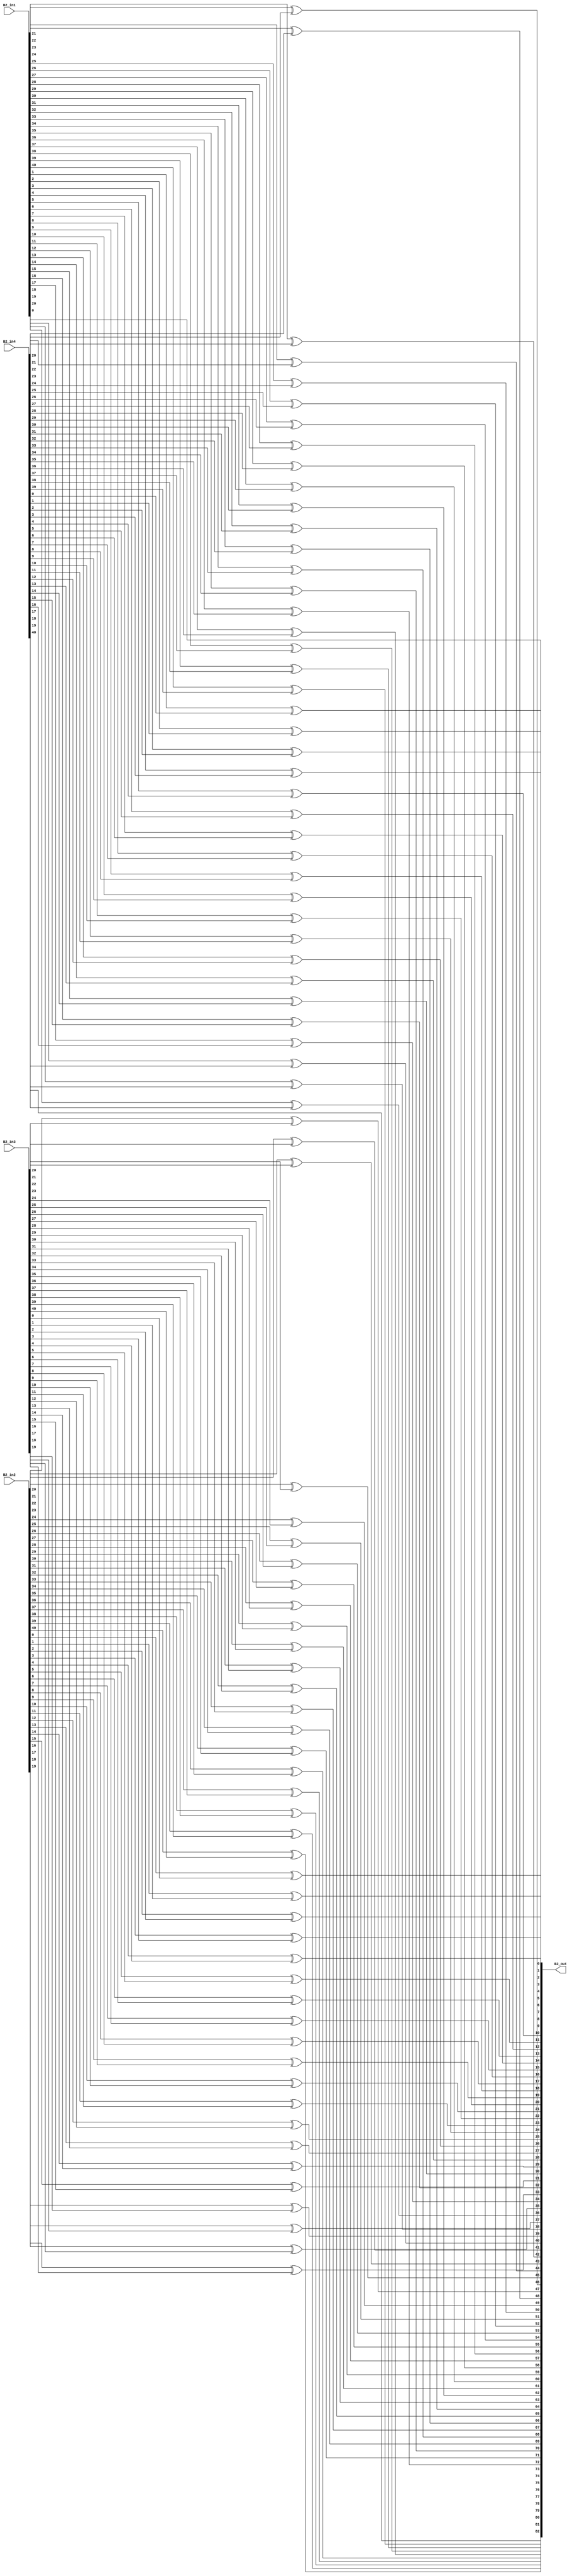
module overlap_module_41bit(
    B2_in1,
    B2_in2,
    B2_in3,
    B2_in4,
    B2_out
    );


parameter n = 42;

input [n-2:0] B2_in1;
input [n-2:0] B2_in2;
input [n-2:0] B2_in3;
input [n-2:0] B2_in4;

output [2*n-2:0] B2_out;

assign B2_out[0] = B2_in1[0];

assign B2_out[2] = B2_in1[1]^B2_in4[0];

assign B2_out[4] = B2_in1[2]^B2_in4[1];

assign B2_out[6] = B2_in1[3]^B2_in4[2];

assign B2_out[8] = B2_in1[4]^B2_in4[3];

assign B2_out[10] = B2_in1[5]^B2_in4[4];

assign B2_out[12] = B2_in1[6]^B2_in4[5];

assign B2_out[14] = B2_in1[7]^B2_in4[6];

assign B2_out[16] = B2_in1[8]^B2_in4[7];

assign B2_out[18] = B2_in1[9]^B2_in4[8];

assign B2_out[20] = B2_in1[10]^B2_in4[9];

assign B2_out[22] = B2_in1[11]^B2_in4[10];

assign B2_out[24] = B2_in1[12]^B2_in4[11];

assign B2_out[26] = B2_in1[13]^B2_in4[12];

assign B2_out[28] = B2_in1[14]^B2_in4[13];

assign B2_out[30] = B2_in1[15]^B2_in4[14];

assign B2_out[32] = B2_in1[16]^B2_in4[15];

assign B2_out[34] = B2_in1[17]^B2_in4[16];

assign B2_out[36] = B2_in1[18]^B2_in4[17];

assign B2_out[38] = B2_in1[19]^B2_in4[18];

assign B2_out[40] = B2_in1[20]^B2_in4[19];

assign B2_out[1] = B2_in2[0]^B2_in3[0];

assign B2_out[3] = B2_in2[1]^B2_in3[1];

assign B2_out[5] = B2_in2[2]^B2_in3[2];

assign B2_out[7] = B2_in2[3]^B2_in3[3];

assign B2_out[9] = B2_in2[4]^B2_in3[4];

assign B2_out[11] = B2_in2[5]^B2_in3[5];

assign B2_out[13] = B2_in2[6]^B2_in3[6];

assign B2_out[15] = B2_in2[7]^B2_in3[7];

assign B2_out[17] = B2_in2[8]^B2_in3[8];

assign B2_out[19] = B2_in2[9]^B2_in3[9];

assign B2_out[21] = B2_in2[10]^B2_in3[10];

assign B2_out[23] = B2_in2[11]^B2_in3[11];

assign B2_out[25] = B2_in2[12]^B2_in3[12];

assign B2_out[27] = B2_in2[13]^B2_in3[13];

assign B2_out[29] = B2_in2[14]^B2_in3[14];

assign B2_out[31] = B2_in2[15]^B2_in3[15];

assign B2_out[33] = B2_in2[16]^B2_in3[16];

assign B2_out[35] = B2_in2[17]^B2_in3[17];

assign B2_out[37] = B2_in2[18]^B2_in3[18];

assign B2_out[39] = B2_in2[19]^B2_in3[19];

assign B2_out[41] = B2_in2[20]^B2_in3[20];

assign B2_out[43] = B2_in2[21]^B2_in3[21];

assign B2_out[45] = B2_in2[22]^B2_in3[22];

assign B2_out[47] = B2_in2[23]^B2_in3[23];

assign B2_out[49] = B2_in2[24]^B2_in3[24];

assign B2_out[51] = B2_in2[25]^B2_in3[25];

assign B2_out[53] = B2_in2[26]^B2_in3[26];

assign B2_out[55] = B2_in2[27]^B2_in3[27];

assign B2_out[57] = B2_in2[28]^B2_in3[28];

assign B2_out[59] = B2_in2[29]^B2_in3[29];

assign B2_out[61] = B2_in2[30]^B2_in3[30];

assign B2_out[63] = B2_in2[31]^B2_in3[31];

assign B2_out[65] = B2_in2[32]^B2_in3[32];

assign B2_out[67] = B2_in2[33]^B2_in3[33];

assign B2_out[69] = B2_in2[34]^B2_in3[34];

assign B2_out[71] = B2_in2[35]^B2_in3[35];

assign B2_out[73] = B2_in2[36]^B2_in3[36];

assign B2_out[75] = B2_in2[37]^B2_in3[37];

assign B2_out[77] = B2_in2[38]^B2_in3[38];

assign B2_out[79] = B2_in2[39]^B2_in3[39];

assign B2_out[81] = B2_in2[40]^B2_in3[40];

assign B2_out[42] = B2_in1[21]^B2_in4[20];

assign B2_out[44] = B2_in1[22]^B2_in4[21];

assign B2_out[46] = B2_in1[23]^B2_in4[22];

assign B2_out[48] = B2_in1[24]^B2_in4[23];

assign B2_out[50] = B2_in1[25]^B2_in4[24];

assign B2_out[52] = B2_in1[26]^B2_in4[25];

assign B2_out[54] = B2_in1[27]^B2_in4[26];

assign B2_out[56] = B2_in1[28]^B2_in4[27];

assign B2_out[58] = B2_in1[29]^B2_in4[28];

assign B2_out[60] = B2_in1[30]^B2_in4[29];

assign B2_out[62] = B2_in1[31]^B2_in4[30];

assign B2_out[64] = B2_in1[32]^B2_in4[31];

assign B2_out[66] = B2_in1[33]^B2_in4[32];

assign B2_out[68] = B2_in1[34]^B2_in4[33];

assign B2_out[70] = B2_in1[35]^B2_in4[34];

assign B2_out[72] = B2_in1[36]^B2_in4[35];

assign B2_out[74] = B2_in1[37]^B2_in4[36];

assign B2_out[76] = B2_in1[38]^B2_in4[37];

assign B2_out[78] = B2_in1[39]^B2_in4[38];

assign B2_out[80] = B2_in1[40]^B2_in4[39];

assign B2_out[82] = B2_in4[40];

endmodule